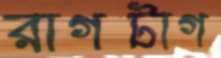
রাগটাগ